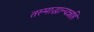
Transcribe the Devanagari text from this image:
तस्माद्धान्यन्नहि